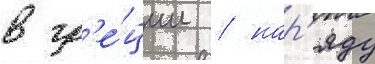
в гр'е́ции / нар'яду